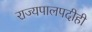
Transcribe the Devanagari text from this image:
राज्यपालपदीही